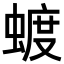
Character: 𮔦